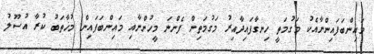
މައިންބަފައިންނާއެކު މަގުމަތީ ހިނގާފައިދާއިރު މަގުމަތިން ފެންނަ މީހުންނާއި މައިންބަފައިން މުޚާތަބު ކުރާ އުސޫލު